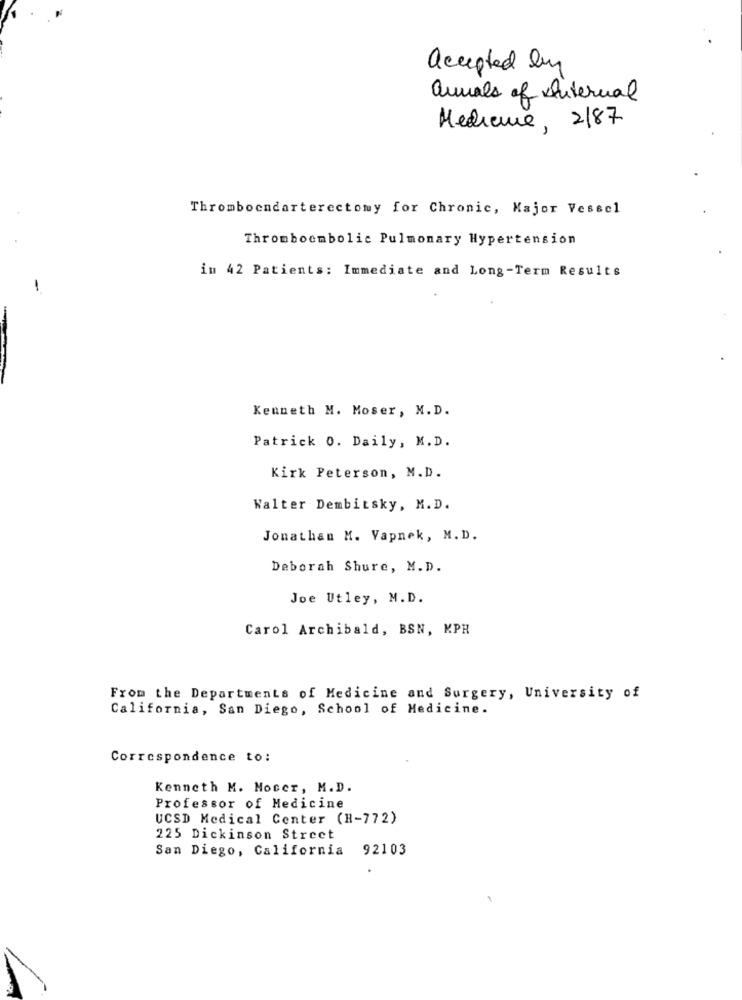
accepted by
annals of Internal
Medicine, 2/87
Thromboendarterectomy for Chronic, Major Vessel
Thromboembolic Pulmonary Hypertension
in 42 Patients: Immediate and Long-Term Results
Kenneth M. Moser, M.D.
Patrick 0. Daily, M.D.
Kirk Peterson, M.D.
Walter Dembitsky, M.D.
Jonathan M. Vapnek, M.D.
Deborah Shure, M.D.
Joe Utley, M.D.
Carol Archibald, BSN, KPH
From the Departments of Medicine and Surgery, University of
California, San Diego, School of Medicine.
Correspondence to:
Kenneth M. Mocer, M.D.
Professor of Medicine
UCSD Medical Center (H-772)
225 Dickinson Street
San Diego, California 92103